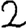
Digit: 2